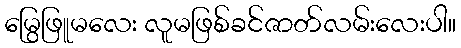
မြွေဖြူမလေး လူမဖြစ်ခင်ဇာတ်လမ်းလေးပါ။